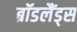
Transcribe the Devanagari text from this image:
ब्रॉडलैंड्स